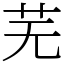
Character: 芜